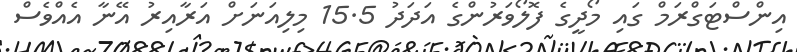
އިންސްޓަގްރަމް ގައި މޯދީގެ ފޮލޯވަރުންގެ އަދަދު 15.5 މިލިއަނަށް އަރާއިރު އޭނާ އެއްވެސް